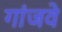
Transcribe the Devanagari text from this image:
गांजवे